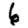
Digit: 6